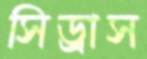
সিড্রাস